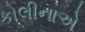
કોલીનાએ